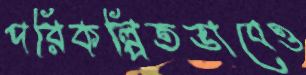
পরিকল্পিতভাবেও